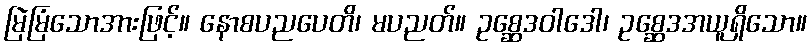
မြဲမြံသောအားဖြင့်။ နောစပညပေတိ၊ မပညတ်။ ဥစ္ဆေဒဝါဒေါ၊ ဥစ္ဆေဒအယူရှိသော။